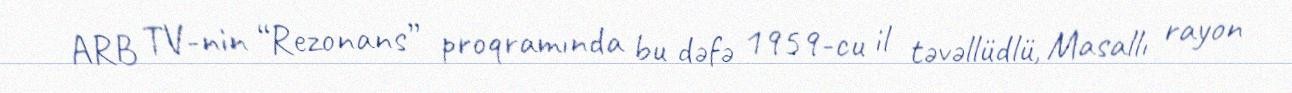
ARB TV-nin “Rezonans” proqramında bu dəfə 1959-cu il təvəllüdlü, Masallı rayon